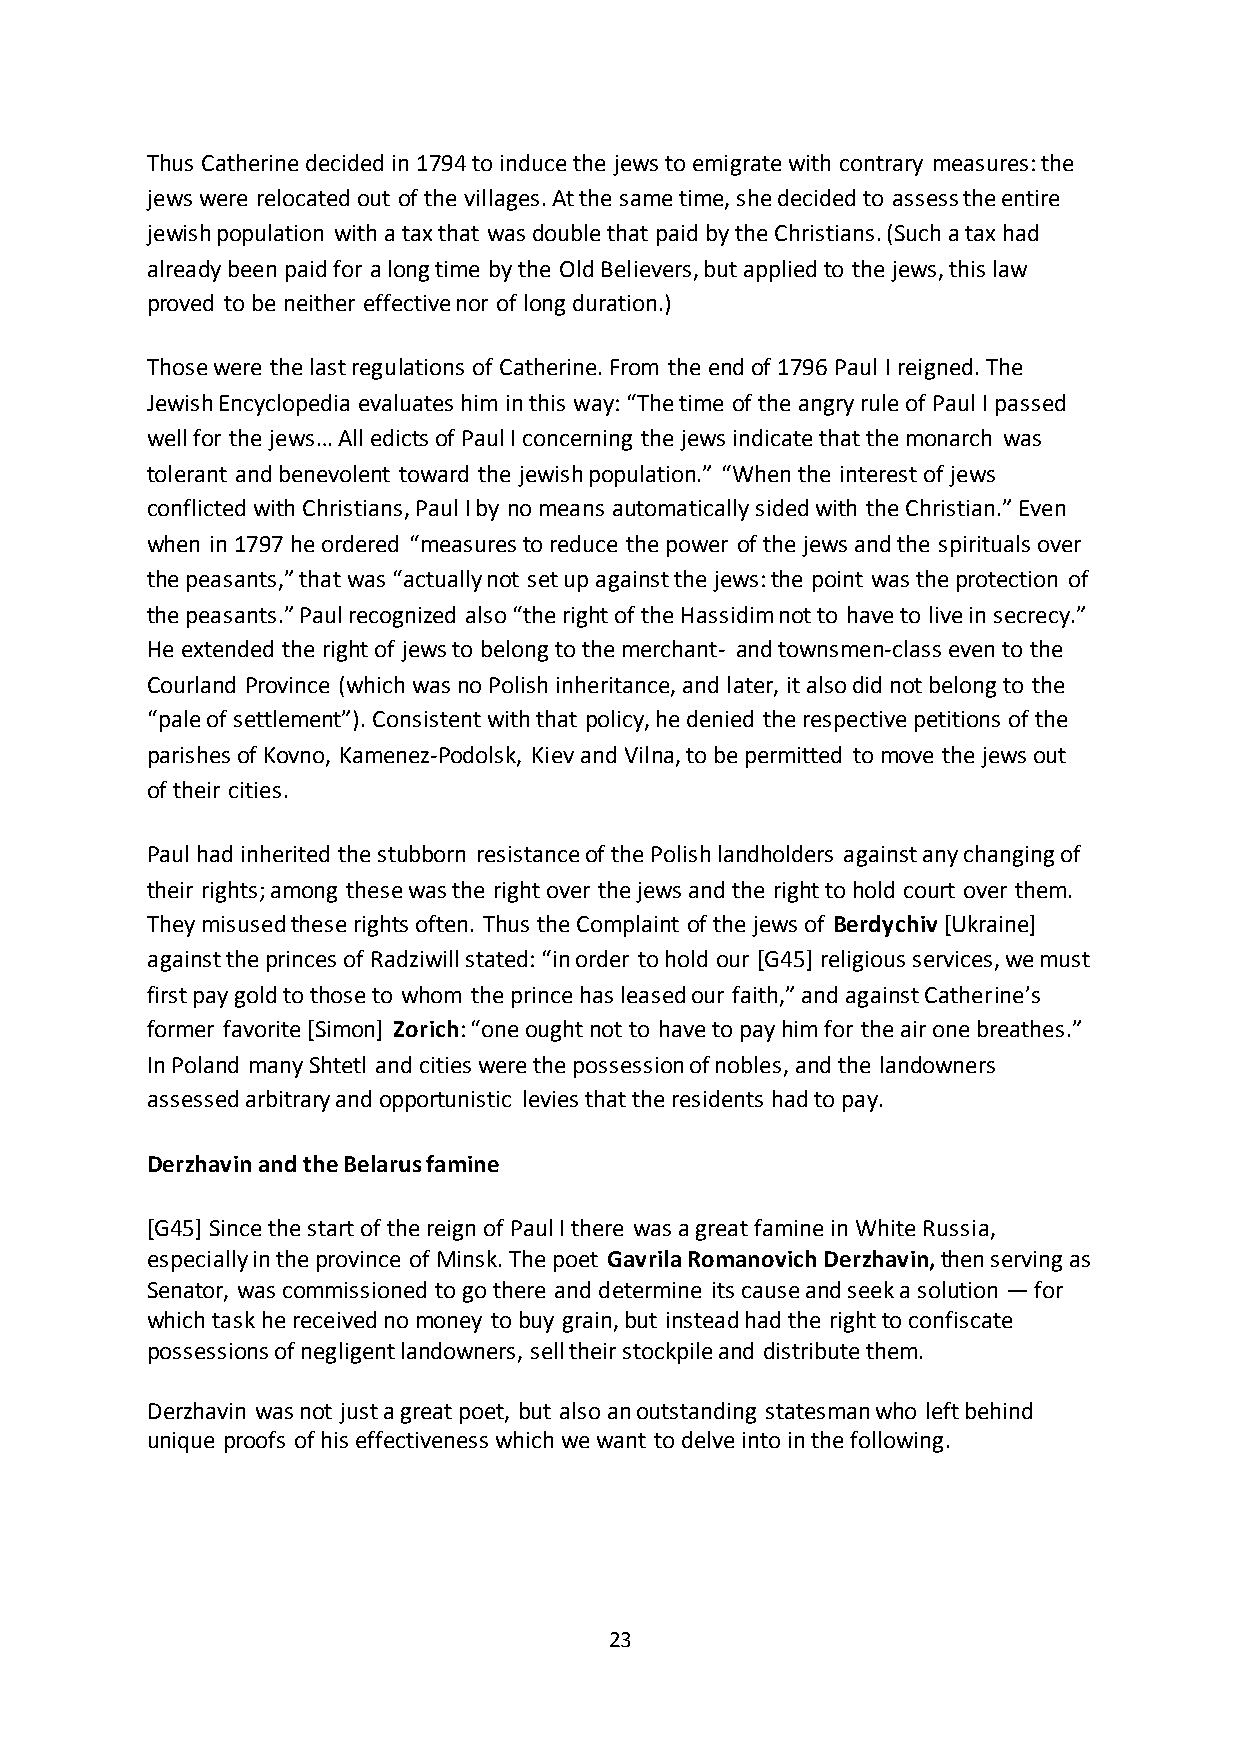
Thus Catherine decided in 1794 to induce the jews to emigrate with contrary measures: the
 jews were relocated out of the villages. At the same time, she decided to assess the entire
 jewish population with a tax that was double that paid by the Christians. (Such a tax had
 already been paid for a long time by the Old Believers, but applied to the jews, this law
 proved to be neither effective nor of long duration.)
 Those were the last regulations of Catherine. From the end of 1796 Paul I reigned. The
 Jewish Encyclopedia evaluates him in this way: “The time of the angry rule of Paul I passed
 well for the jews… All edicts of Paul I concerning the jews indicate that the monarch was
 tolerant and benevolent toward the jewish population.” “When the interest of jews
 conflicted with Christians, Paul I by no means automatically sided with the Christian.” Even
 when in 1797 he ordered “measures to reduce the power of the jews and the spirituals over
 the peasants,” that was “actually not set up against the jews: the point was the protection of
 the peasants.” Paul recognized also “the right of the Hassidim not to have to live in secrecy.”
 He extended the right of jews to belong to the merchant- and townsmen-class even to the
 Courland Province (which was no Polish inheritance, and later, it also did not belong to the
 “pale of settlement”). Consistent with that policy, he denied the respective petitions of the
 parishes of Kovno, Kamenez-Podolsk, Kiev and Vilna, to be permitted to move the jews out
 of their cities.
 Paul had inherited the stubborn resistance of the Polish landholders against any changing of
 their rights; among these was the right over the jews and the right to hold court over them.
 They misused these rights often. Thus the Complaint of the jews of Berdychiv [Ukraine]
 against the princes of Radziwill stated: “in order to hold our *G45+ religious services, we must
 first pay gold to those to whom the prince has leased our faith,” and against Catherine’s
 former favorite [Simon] Zorich: “one ought not to have to pay him for the air one breathes.”
 In Poland many Shtetl and cities were the possession of nobles, and the landowners
 assessed arbitrary and opportunistic levies that the residents had to pay.
 Derzhavin and the Belarus famine
 [G45] Since the start of the reign of Paul I there was a great famine in White Russia,
 especially in the province of Minsk. The poet Gavrila Romanovich Derzhavin, then serving as
 Senator, was commissioned to go there and determine its cause and seek a solution — for
 which task he received no money to buy grain, but instead had the right to confiscate
 possessions of negligent landowners, sell their stockpile and distribute them.
 Derzhavin was not just a great poet, but also an outstanding statesman who left behind
 unique proofs of his effectiveness which we want to delve into in the following.
 23